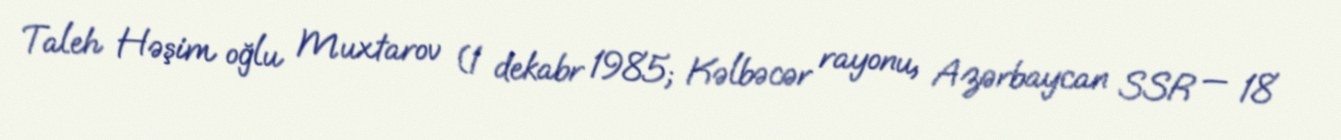
Taleh Həşim oğlu Muxtarov (1 dekabr 1985; Kəlbəcər rayonu, Azərbaycan SSR — 18